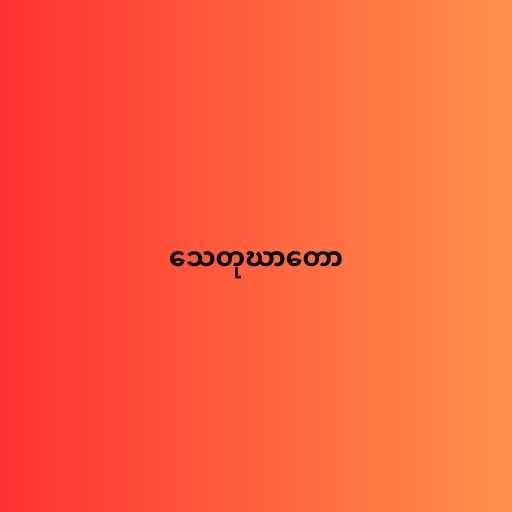
သေတုဃာတော